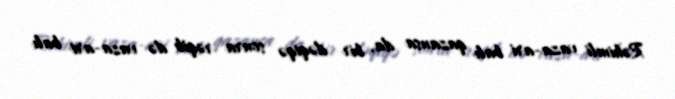
Rəhimli vaza-ari balı qazansa da, bir dəqiqə sonra rəqib də vaza-ari balı